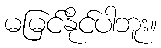
မမြင်နိုင်ပါဘူး။